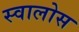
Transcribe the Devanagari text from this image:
स्वालोस